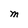
Character: M